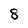
Character: 8